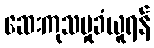
ဆေးကုသမှုခံယူရန်